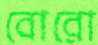
বোরো